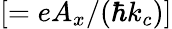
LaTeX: [=eA_{x}/(\hbar k_{c})]